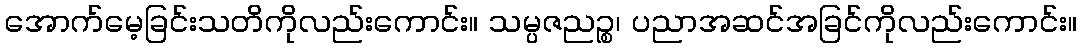
အောက်မေ့ခြင်းသတိကိုလည်းကောင်း။ သမ္ပဇညဉ္စ၊ ပညာအဆင်အခြင်ကိုလည်းကောင်း။